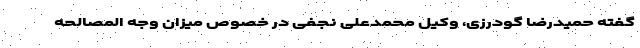
گفته حمیدرضا گودرزی، وکیل محمدعلی نجفی در خصوص میزان وجه المصالحه